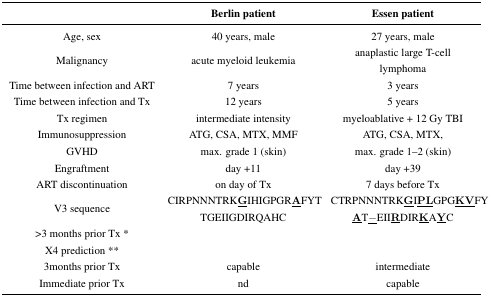
<table><thead><tr><td></td><td><b>Berlin patient</b></td><td><b>Essen patient</b></td></tr></thead><tbody><tr><td>Age, sex</td><td>40 years, male</td><td>27 years, male</td></tr><tr><td>Malignancy </td><td>acute myeloid leukemia</td><td>anaplastic large T-cell lymphoma</td></tr><tr><td>Time between infection and ART</td><td>7 years</td><td>3 years</td></tr><tr><td>Time between infection and Tx</td><td>12 years</td><td>5 years</td></tr><tr><td>Tx regimen</td><td>intermediate intensity </td><td>myeloablative + 12 Gy TBI</td></tr><tr><td>Immunosuppression</td><td>ATG, CSA, MTX, MMF </td><td>ATG, CSA, MTX, </td></tr><tr><td>GVHD</td><td>max. grade 1 (skin)</td><td>max. grade 1–2 (skin)</td></tr><tr><td>Engraftment</td><td>day +11</td><td>day +39</td></tr><tr><td>ART discontinuation</td><td>on day of Tx</td><td>7 days before Tx</td></tr><tr><td>V3 sequence</td><td>CIRPNNNTRK<b><underline>G</underline></b>IHIGPGR<b><underline>A</underline></b>FYTTGEIIGDIRQAHC</td><td>CTRPNNNTRK<b><underline>G</underline></b>I<b><underline>PL</underline></b>GPG<b><underline>KV</underline></b>FY<b><underline>A</underline></b>T<b><underline>-</underline></b>EII<b><underline>R</underline></b>DIR<b><underline>K</underline></b>A<b><underline>Y</underline></b>C</td></tr><tr><td>&gt;3 months prior Tx *</td><td></td><td></td></tr><tr><td>X4 prediction **</td><td></td><td></td></tr><tr><td>3months prior Tx</td><td>capable</td><td>intermediate</td></tr><tr><td>Immediate prior Tx</td><td>nd</td><td>capable </td></tr></tbody></table>